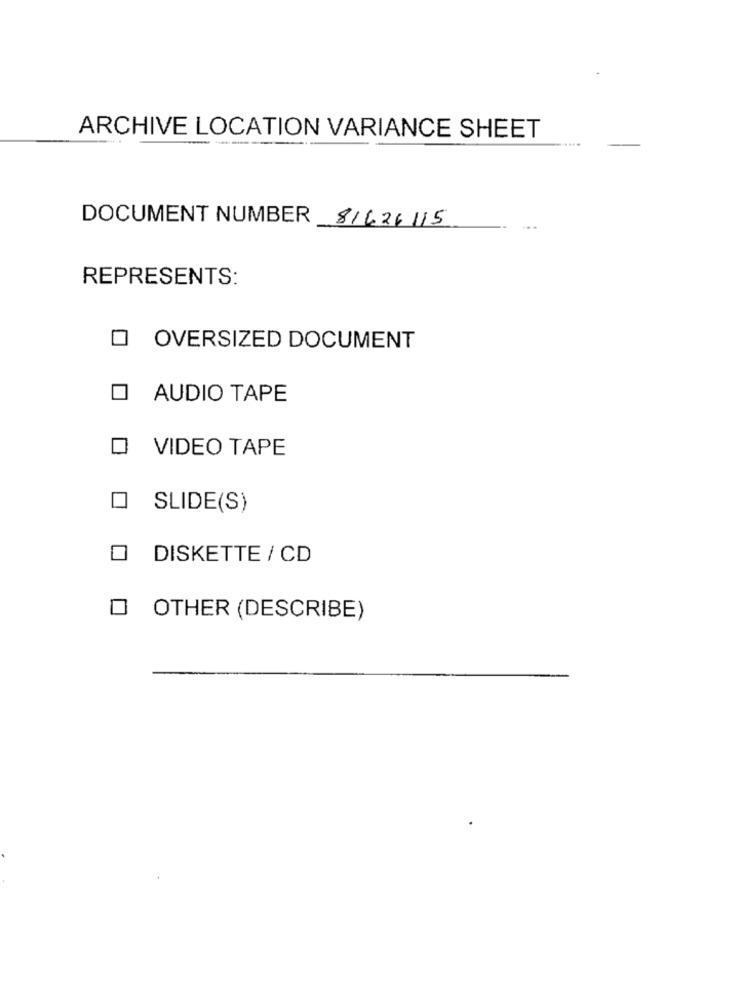
ARCHIVE LOCATION VARIANCE SHEET
DOCUMENT NUMBER 81626115
REPRESENTS:
O OVERSIZED DOCUMENT
AUDIO TAPE
VIDEO TAPE
SLIDE(S)
DISKETTE / CD
OTHER (DESCRIBE)